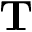
\mathbf { T }